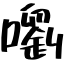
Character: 嚠